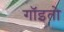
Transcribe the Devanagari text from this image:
गॉइतो